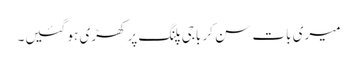
میری بات سن کر باجی پلنگ پر کھڑی ہو گئیں۔